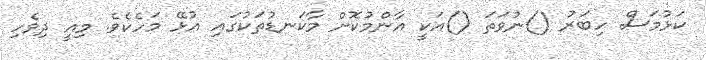
ކަޅުމަސް ހިބަރު ()ނުވަތަ ()އަކީ އާންމުކޮށް މާކަނޑުތަކުގައި އުޅޭ މަހެކެވެ. މިއީ ދިވެހި